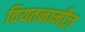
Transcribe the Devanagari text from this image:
वियतनामीज़